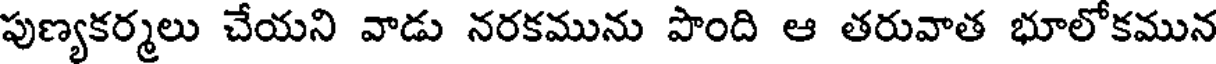
పుణ్యకర్మలు చేయని వాడు నరకమును పొంది ఆ తరువాత భూలోకమున